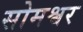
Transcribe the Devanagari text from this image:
सोमश्वर